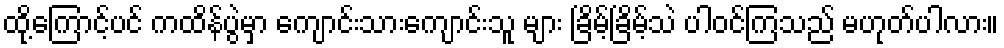
ထို့ကြောင့်ပင် ကထိန်ပွဲမှာ ကျောင်းသားကျောင်းသူ များ ခြိမ့်ခြိမ့်သဲ ပါဝင်ကြသည် မဟုတ်ပါလား။